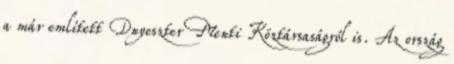
a már említett Dnyeszter Menti Köztársaságról is. Az ország